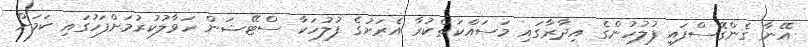
އޭނާ ގެންގޮސްފައި ފުލުހުންގެ އިދާރާގައި މަސައްކަތްކުރާ އެރަށުގެ ފުލުހަކާ ސްޓޭޝަން ހަވާލުކުރުމަށްފަހުގައި ކަމަށް